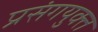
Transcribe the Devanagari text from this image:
प्रसंगयुक्त